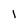
Character: l